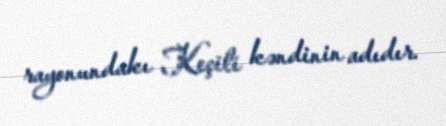
rayonundakı Keçili kəndinin adıdır.